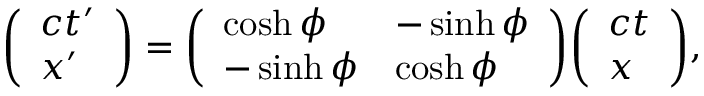
{ \left( \begin{array} { l } { c t ^ { \prime } } \\ { x ^ { \prime } } \end{array} \right) } = { \left( \begin{array} { l l } { \cosh \phi } & { - \sinh \phi } \\ { - \sinh \phi } & { \cosh \phi } \end{array} \right) } { \left( \begin{array} { l } { c t } \\ { x } \end{array} \right) } ,